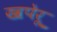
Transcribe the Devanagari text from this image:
खपेरू